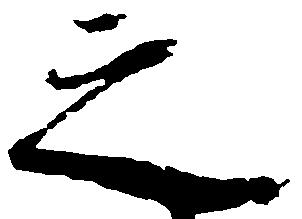
之